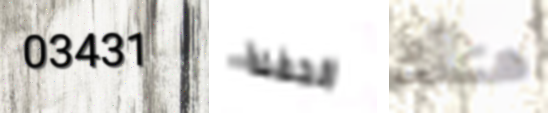
03431 الحفلة هناك